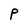
Character: P